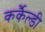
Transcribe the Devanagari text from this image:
कर्कैल्डी